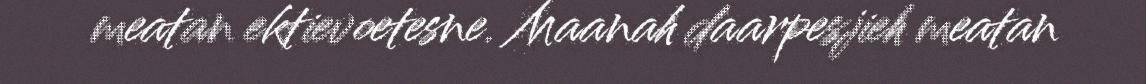
meatan ektievoetesne. Maanah daarpesjieh meatan